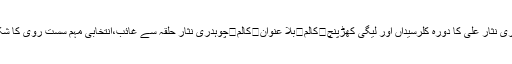
کالم	ویلنٹائن ڈے	کالم	ضرورت بنیادیں درست کرنے کی ہے	کالم	چوپدری نثار علی کا دورہ کلرسیداں اور لیگی کھڑپنچ	کالم	بلا عنوان	کالم	چوہدری نثار حلقہ سے غائب،انتخابی مہم سست روی کا شکار ‘مخالفین متحرک ہوگئے	کالم	مذاکرات کی پیشکش یا نئے کھیل کا آغاز۔